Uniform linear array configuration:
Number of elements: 16
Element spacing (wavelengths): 0.75
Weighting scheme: hann
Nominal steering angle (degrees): -15
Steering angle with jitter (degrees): -15.531
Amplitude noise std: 0.05
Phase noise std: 0.05

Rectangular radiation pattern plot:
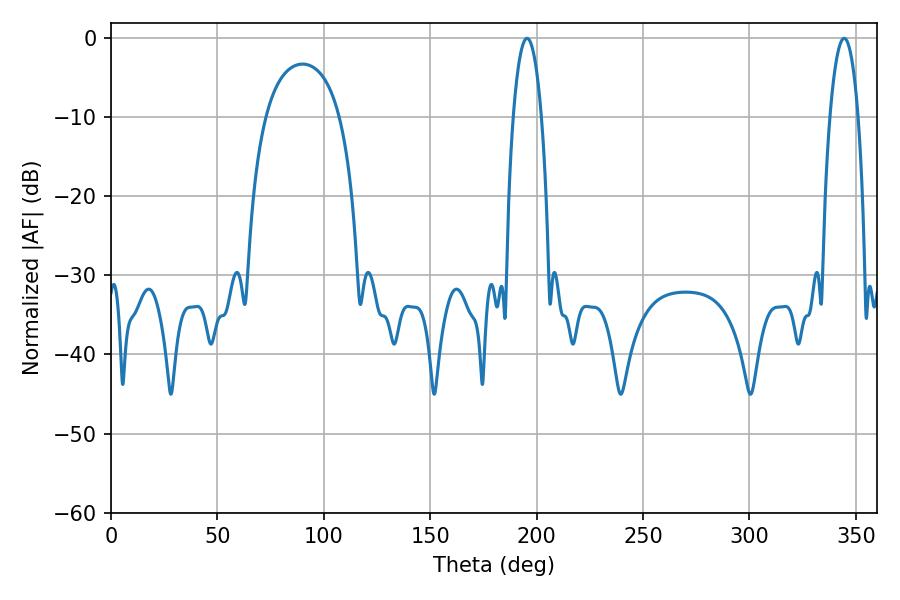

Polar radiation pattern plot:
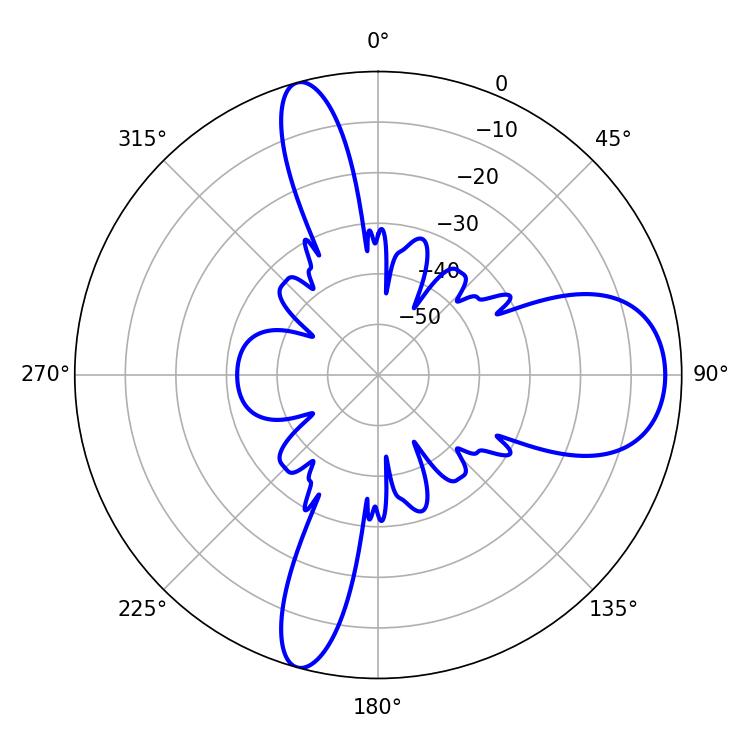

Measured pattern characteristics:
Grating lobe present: TRUE
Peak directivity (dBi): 11.859
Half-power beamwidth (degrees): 7.38
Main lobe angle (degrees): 195.48